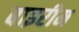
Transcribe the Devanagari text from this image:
बाइरीम